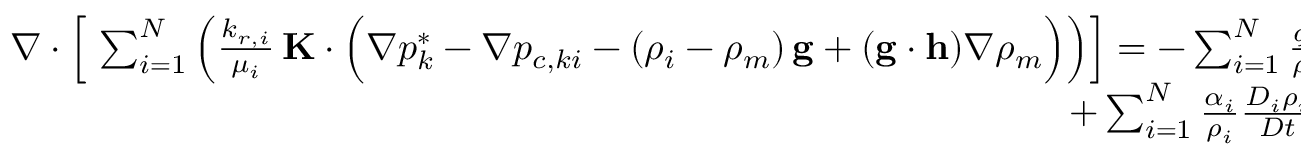
\begin{array} { r } { \nabla \cdot \left[ \ \sum _ { i = 1 } ^ { N } \left( \frac { k _ { r , i } } { \mu _ { i } } \, \mathbf { K } \cdot \Big ( \nabla p _ { k } ^ { * } - \nabla p _ { c , k i } - \left( \rho _ { i } - \rho _ { m } \right) \mathbf { g } + ( \mathbf { g } \cdot \mathbf { h } ) \nabla \rho _ { m } \Big ) \right) \right] = - \sum _ { i = 1 } ^ { N } \frac { q _ { i } } { \rho _ { i } } } \\ { + \sum _ { i = 1 } ^ { N } \frac { \alpha _ { i } } { \rho _ { i } } \frac { D _ { i } \rho _ { i } } { D t } . } \end{array}